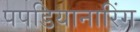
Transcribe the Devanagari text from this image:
पपडियानारिंग